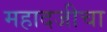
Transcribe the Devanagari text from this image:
महादजीचा